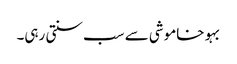
بہو خاموشی سے سب سنتی رہی۔